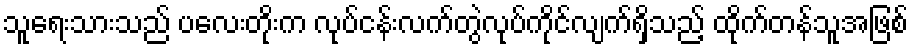
သူရေးသားသည် ပလေးတိုးက လုပ်ငန်းလက်တွဲလုပ်ကိုင်လျက်ရှိသည့် ထိုက်တန်သူအဖြစ်